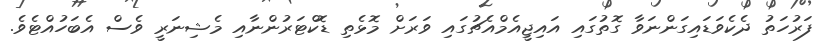
ފަރުހަތު ދެކެވަޑައިގަންނަވާ ގޮތުގައި އައިޖީއެމްއެޗުގައި ވަރަށް މޮޅެތި ޑޮކްޓަރުންނާއި މެޝިނަރީ ވެސް އެބަހުއްޓެވެ.